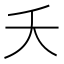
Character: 夭